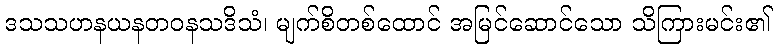
ဒသသဟနယနတဝနသဒိသံ၊ မျက်စိတစ်ထောင် အမြင်ဆောင်သော သိကြားမင်း၏